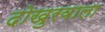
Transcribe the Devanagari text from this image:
दोखुरवाला